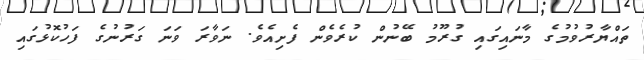
ތައްޔާރުވުމުގެ މާނައިގައި ގުރޫމު ބޭނުން ކުރެވެން ފެށިއެވެ. ނަވާރަ ވަނަ ގަރުނުގެ ފަހުކޮޅުގައި